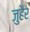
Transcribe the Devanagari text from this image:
जुहैर